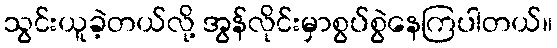
သွင်းယူခဲ့တယ်လို့ အွန်လိုင်းမှာစွပ်စွဲနေကြပါတယ်။